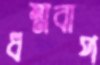
ধম্মবাপ